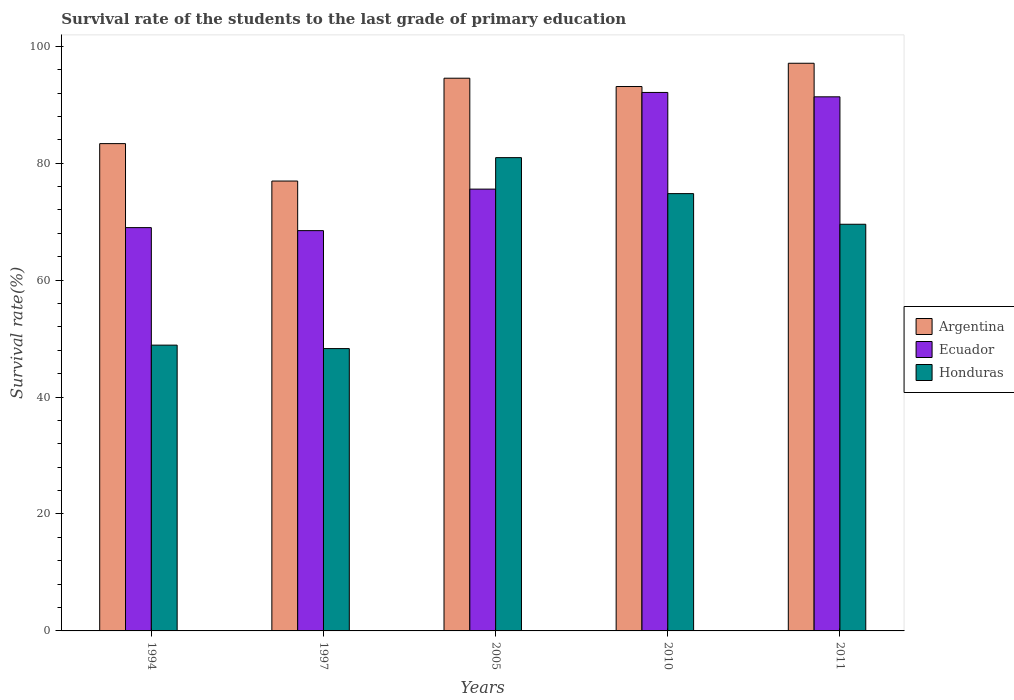
| Years | Argentina | Ecuador | Honduras |
 | --- | --- | --- | --- |
 | 1994 | 83.4 | 69 | 48.9 |
 | 1997 | 76.9 | 68.5 | 48.3 |
 | 2005 | 94.5 | 75.6 | 81 |
 | 2010 | 93.1 | 92.1 | 74.8 |
 | 2011 | 97.1 | 91.4 | 69.6 |